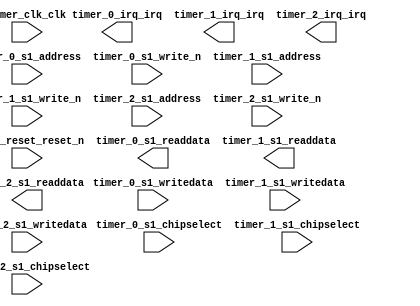

module TimerSYS (
	timer_0_irq_irq,
	timer_1_irq_irq,
	timer_2_irq_irq,
	timer_clk_clk,
	timer_reset_reset_n,
	timer_0_s1_address,
	timer_0_s1_writedata,
	timer_0_s1_readdata,
	timer_0_s1_chipselect,
	timer_0_s1_write_n,
	timer_1_s1_address,
	timer_1_s1_writedata,
	timer_1_s1_readdata,
	timer_1_s1_chipselect,
	timer_1_s1_write_n,
	timer_2_s1_address,
	timer_2_s1_writedata,
	timer_2_s1_readdata,
	timer_2_s1_chipselect,
	timer_2_s1_write_n);	

	output		timer_0_irq_irq;
	output		timer_1_irq_irq;
	output		timer_2_irq_irq;
	input		timer_clk_clk;
	input		timer_reset_reset_n;
	input	[2:0]	timer_0_s1_address;
	input	[15:0]	timer_0_s1_writedata;
	output	[15:0]	timer_0_s1_readdata;
	input		timer_0_s1_chipselect;
	input		timer_0_s1_write_n;
	input	[2:0]	timer_1_s1_address;
	input	[15:0]	timer_1_s1_writedata;
	output	[15:0]	timer_1_s1_readdata;
	input		timer_1_s1_chipselect;
	input		timer_1_s1_write_n;
	input	[2:0]	timer_2_s1_address;
	input	[15:0]	timer_2_s1_writedata;
	output	[15:0]	timer_2_s1_readdata;
	input		timer_2_s1_chipselect;
	input		timer_2_s1_write_n;
endmodule